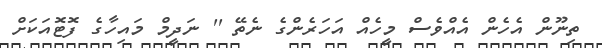
ތިނޫން އެހެން އެއްވެސް މީހެއް އަހަރެންގެ ނެތޭ '' ނަދީމް މައިހާގެ ފޮޓޮއަކަށް